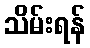
သိမ်းရန်